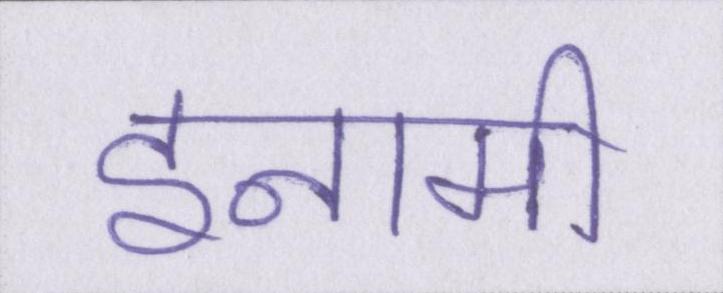
इनामी